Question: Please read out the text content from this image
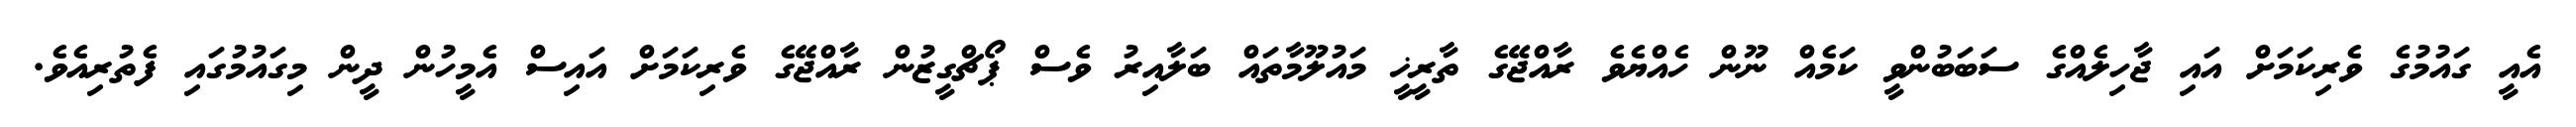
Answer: އެއީ ގައުމުގެ ވެރިކަމަށް އައި ޖާހިލެއްގެ ސަބަބުންވީ ކަމެއް ނޫން ހެއްޔެވެ ރާއްޖޭގެ ތާރީޚީ މައުލޫމާތައް ބަލާއިރު ވެސް ޕޯޗްގީޒުން ރާއްޖޭގެ ވެރިކަމަށް އައިސް އެމީހުން ދީން މިގައުމުގައި ފެތުރިއެވެ.